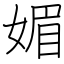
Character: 媚